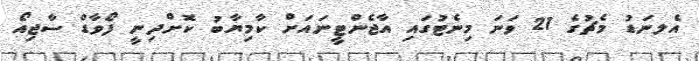
އެލނަޑު މެޗުގެ 21 ވަނަ މިނެޓުގައި އާޖެންޓީނައަށް ކާމިޔާބު ކޮށްދިނީ ފޯވާޑް ސާޖިއޯ